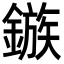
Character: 鏃